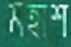
মহাশ